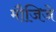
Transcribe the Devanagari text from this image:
मौजिजे